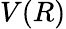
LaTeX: V(R)